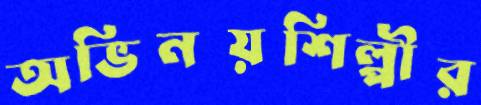
অভিনয়শিল্পীর